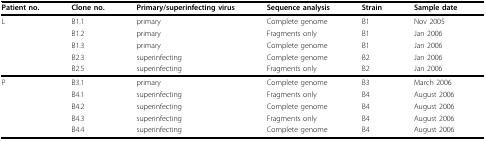
<table><thead><tr><td><b>Patient no.</b></td><td><b>Clone no.</b></td><td><b>Primary/superinfecting virus</b></td><td><b>Sequence analysis</b></td><td><b>Strain</b></td><td><b>Sample date</b></td></tr></thead><tbody><tr><td>L</td><td>B1.1</td><td>primary</td><td>Complete genome</td><td>B1</td><td>Nov 2005</td></tr><tr><td></td><td>B1.2</td><td>primary</td><td>Fragments only</td><td>B1</td><td>Jan 2006</td></tr><tr><td></td><td>B1.3</td><td>primary</td><td>Complete genome</td><td>B1</td><td>Jan 2006</td></tr><tr><td></td><td>B2.3</td><td>superinfecting</td><td>Complete genome</td><td>B2</td><td>Jan 2006</td></tr><tr><td></td><td>B2.5</td><td>superinfecting</td><td>Fragments only</td><td>B2</td><td>Jan 2006</td></tr><tr><td>P</td><td>B3.1</td><td>primary</td><td>Complete genome</td><td>B3</td><td>March 2006</td></tr><tr><td></td><td>B4.1</td><td>superinfecting</td><td>Fragments only</td><td>B4</td><td>August 2006</td></tr><tr><td></td><td>B4.2</td><td>superinfecting</td><td>Complete genome</td><td>B4</td><td>August 2006</td></tr><tr><td></td><td>B4.3</td><td>superinfecting</td><td>Fragments only</td><td>B4</td><td>August 2006</td></tr><tr><td></td><td>B4.4</td><td>superinfecting</td><td>Complete genome</td><td>B4</td><td>August 2006</td></tr></tbody></table>